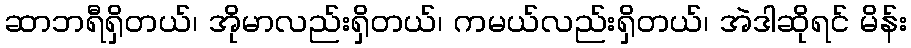
ဆာဘရီရှိတယ်၊ အိုမာလည်းရှိတယ်၊ ကမယ်လည်းရှိတယ်၊ အဲဒါဆိုရင် မိန်း